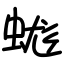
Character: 蛖